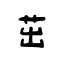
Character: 茁